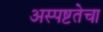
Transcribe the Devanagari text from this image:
अस्पष्टतेचा